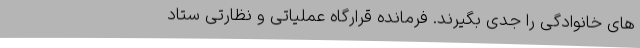
های خانوادگی را جدی بگیرند. فرمانده قرارگاه عملیاتی و نظارتی ستاد